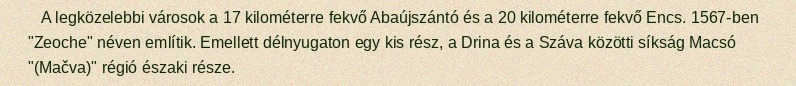
A legközelebbi városok a 17 kilométerre fekvő Abaújszántó és a 20 kilométerre fekvő Encs. 1567-ben "Zeoche" néven említik. Emellett délnyugaton egy kis rész, a Drina és a Száva közötti síkság Macsó "(Mačva)" régió északi része.